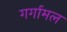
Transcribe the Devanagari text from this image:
गर्गामल